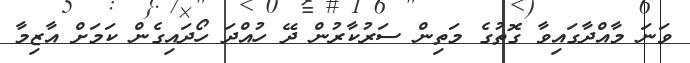
ވަނަ މާއްދާގައިވާ ގޮތުގެ މަތިން ސަރުކާރުން ދޭ ހުއްދަ ހޯދައިގެން ކަމަށް އާޒިމާ